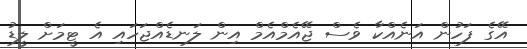
އޭގެ ފަހުން އަނެއްކާ ވެސް ޖޭއެމްއެމް އިން ލަނޑެއްޖަހައި އެ ޓީމަށް ލީޑު